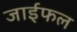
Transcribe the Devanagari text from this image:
जाईफल